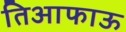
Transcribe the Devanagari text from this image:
तिआफाऊ